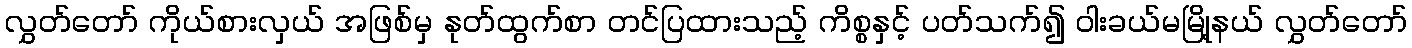
လွှတ်တော် ကိုယ်စားလှယ် အဖြစ်မှ နုတ်ထွက်စာ တင်ပြထားသည့် ကိစ္စနှင့် ပတ်သက်၍ ဝါးခယ်မမြို့နယ် လွှတ်တော်